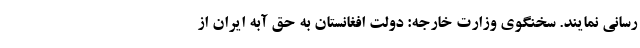
رسانی نمایند. سخنگوی وزارت خارجه: دولت افغانستان به حق آبه ایران از